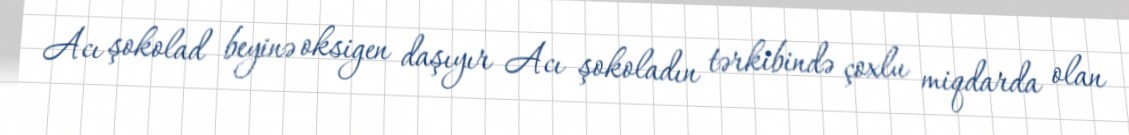
Acı şokolad beyinə oksigen daşıyır Acı şokoladın tərkibində çoxlu miqdarda olan